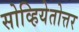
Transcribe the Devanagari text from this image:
सोव्हियेतोत्तर